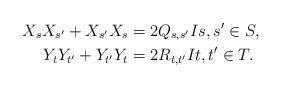
LaTeX: \begin{align*}X_s X_{s'} + X_{s'} X_s &= 2Q_{s,s'} I s,s' \in S,\\Y_t Y_{t'} + Y_{t'} Y_t &= 2R_{t,t'} I t,t' \in T.\end{align*}